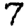
Digit: 7